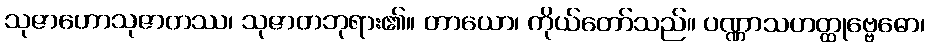
သုဇာဟောသုဇာတဿ၊ သုဇာတဘုရား၏။ တာယော၊ ကိုယ်တော်သည်။ ပဏ္ဏာသဟတ္ထုဗ္ဗေဓော၊